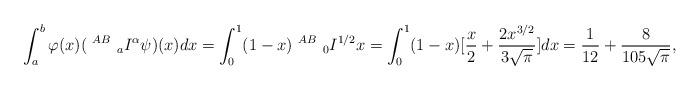
LaTeX: \begin{align*} \int_a^b \varphi(x) (~^{AB}~_{a}I^\alpha \psi)(x)dx=\int_0^1 (1-x)~^{AB}{~_0}I^{1/2}x=\int_0^1 (1-x)[\frac{x}{2}+\frac{2x^{3/2}}{3\sqrt{\pi}}] dx=\frac{1}{12}+\frac{8}{105\sqrt{\pi}}, \end{align*}